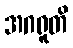
အဂရူတိ